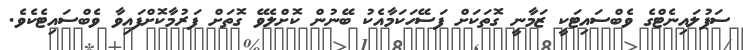
ސަޕުލައިނެޓްގެ ވެބްސައިޓަކީ ޒަމާނީ ގޮތަކަށް ފަސޭހަކަމާއެކު ބޭނުން ކޮށްލެވޭ ގޮތަށް ފަރުމާކޮށްފައިވާ ވެބްސައިޓެކެވެ.